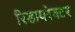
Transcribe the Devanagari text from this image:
रिडायरेक्टर